Vaccination in Bombay 1869-1873 - 1869-1873
Year: 1869
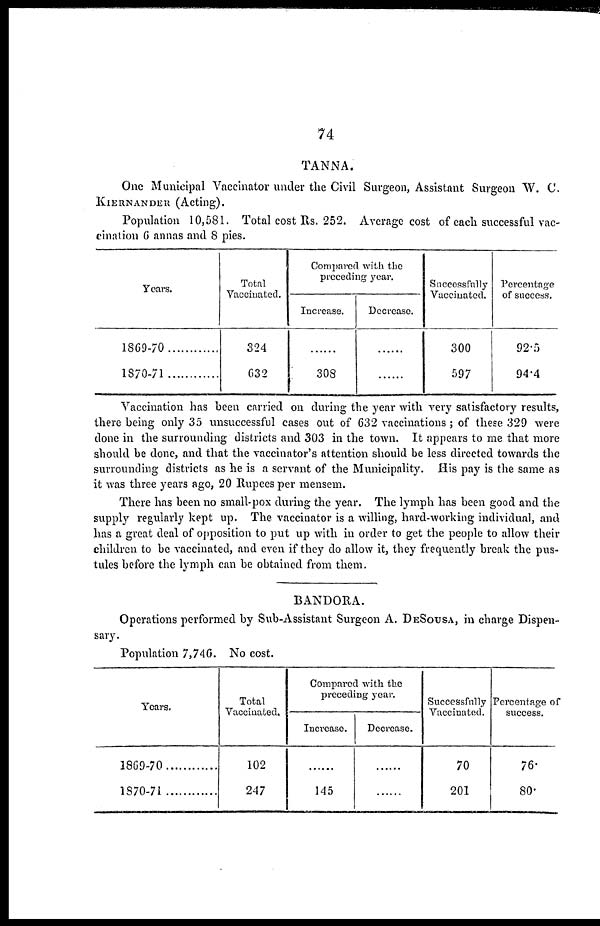
74
TANNA.
One Municipal Vaccinator under the Civil Surgeon, Assistant Surgeon W. C.
KIERNANDER (Acting).
Population 10,581. Total cost Rs. 252. Average cost of each successful vac-
cination 6 annas and 8 pies.
Years.
1869-70
1870-71
Total
Vaccinated.
324
632
Compared with the
preceding year.
Increase.
......
308
Decrease.
......
......
Successfully
Vaccinated.
300
597
Percentage
of success.
92.5
94.4
Vaccination has been carried on during the year with very satisfactory results,
there being only 35 unsuccessful cases out of 632 vaccinations ; of these 329 were
done in the surrounding districts and 303 in the town. It appears to me that more
should be done, and that the vaccinator's attention should be less directed towards the
surrounding districts as he is a servant of the Municipality. His pay is the same as
it was three years ago, 20 Rupees per mensem.
There has been no small-pox during the year. The lymph has been good and the
supply regularly kept up. The vaccinator is a willing, hard-working individual, and
has a great deal of opposition to put up with in order to get the people to allow their
children to be vaccinated, and even if they do allow it, they frequently break the pus-
tules before the lymph can be obtained from them.
BANDORA.
Operations performed by Sub-Assistant Surgeon A. DESOUSA, in charge Dispen-
sary.
Population 7,746. No cost.
Years.
1869-70
1870-71
Total
Vaccinated.
102
247
Compared with the
preceding year.
Increase
......
145
Decrease.
......
......
Successfully
Vaccinated.
70
201
Percentage of
success.
76.
80.